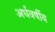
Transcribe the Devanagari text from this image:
अर्धवर्षीय